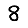
Digit: 8